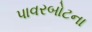
પાવરબોટના